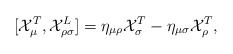
\begin{align*}[{\cal X}_{\mu}^{T},{\cal X}_{\rho \sigma}^{L}]=\eta _{\mu \rho}{\cal X}_{\sigma}^{T}-\eta _{\mu \sigma}{\cal X}_{\rho}^{T} ,\end{align*}